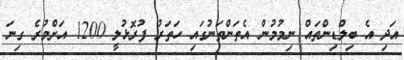
އަދި އެ ބިލްޑިންތައް ނިމުމުން އެތަންތަނުގައި ހަތަރު ފުރޮޅުލީ 1200 އަށްވުރެ ގިނަ